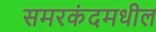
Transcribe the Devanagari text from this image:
समरकंदमधील